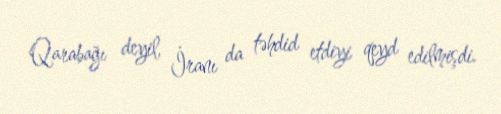
Qarabağı deyil, İranı da təhdid etdiyi qeyd edilmişdi.